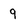
Character: 9